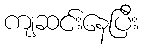
ကျဆင်းနေပြီး